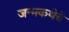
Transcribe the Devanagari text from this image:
जन्मकथेचे